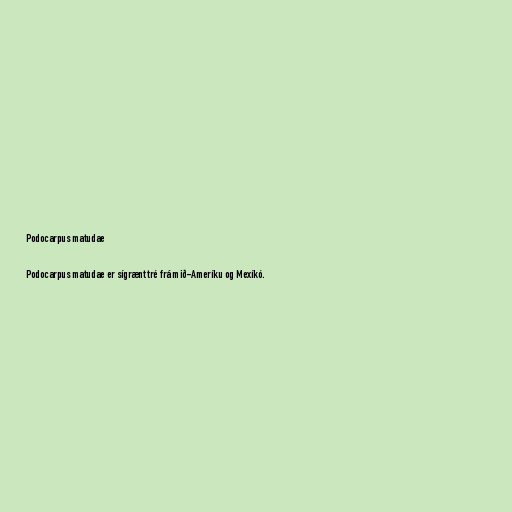
Podocarpus matudae

Podocarpus matudae er sígrænt tré frá mið-Ameríku og Mexíkó.